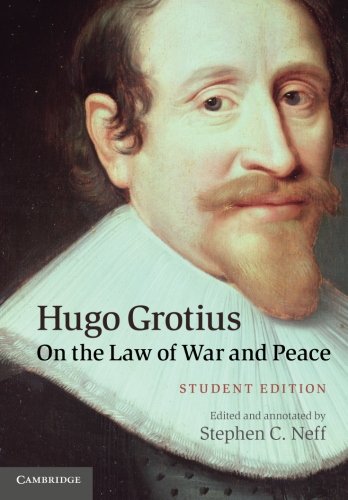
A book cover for Hugo Grotius on the Law of War and Peace: Student Edition; Hugo Grotius; Law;